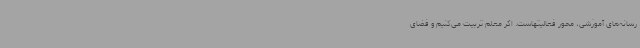
رسانه‌های آموزشی، محور فعالیتهاست. اگر معلم تربیت می‌کنیم و فضای